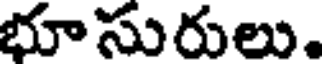
భూసురులు.